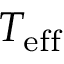
T _ { \mathrm { e f f } }